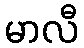
မာလီ